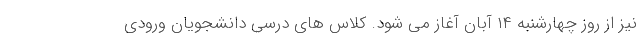
نیز از روز چهارشنبه ۱۴ آبان آغاز می شود. کلاس های درسی دانشجویان ورودی